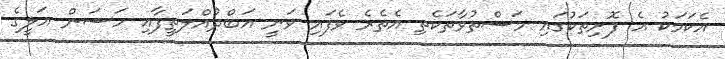
އެކަމަކު އެ ފޮށިތަކުގައި މަސްތުވާތަކެތި އެތެރެ ވެފައި ވަނީ އަބްދުއްލަތީފާއި ހަސަން އަލީގެ